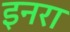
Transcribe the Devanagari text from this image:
इनरा